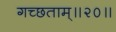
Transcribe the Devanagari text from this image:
गच्छताम्‌॥२०॥